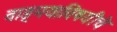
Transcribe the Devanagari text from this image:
वाङ्‌मयाविषयीचे